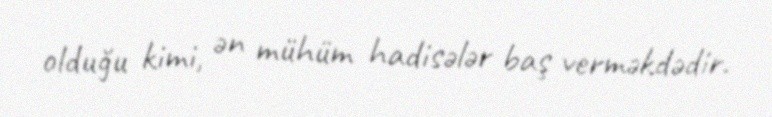
olduğu kimi, ən mühüm hadisələr baş verməkdədir.